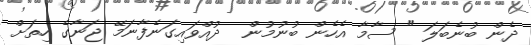
ދެން ބުނެބަލަ " ސާމާ އެހެން ބުނުމުން  ދުއްވައިގަނެފާނަމޭ ޖަނާގެ ހިތަށް